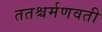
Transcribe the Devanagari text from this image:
ततश्चर्मणवती